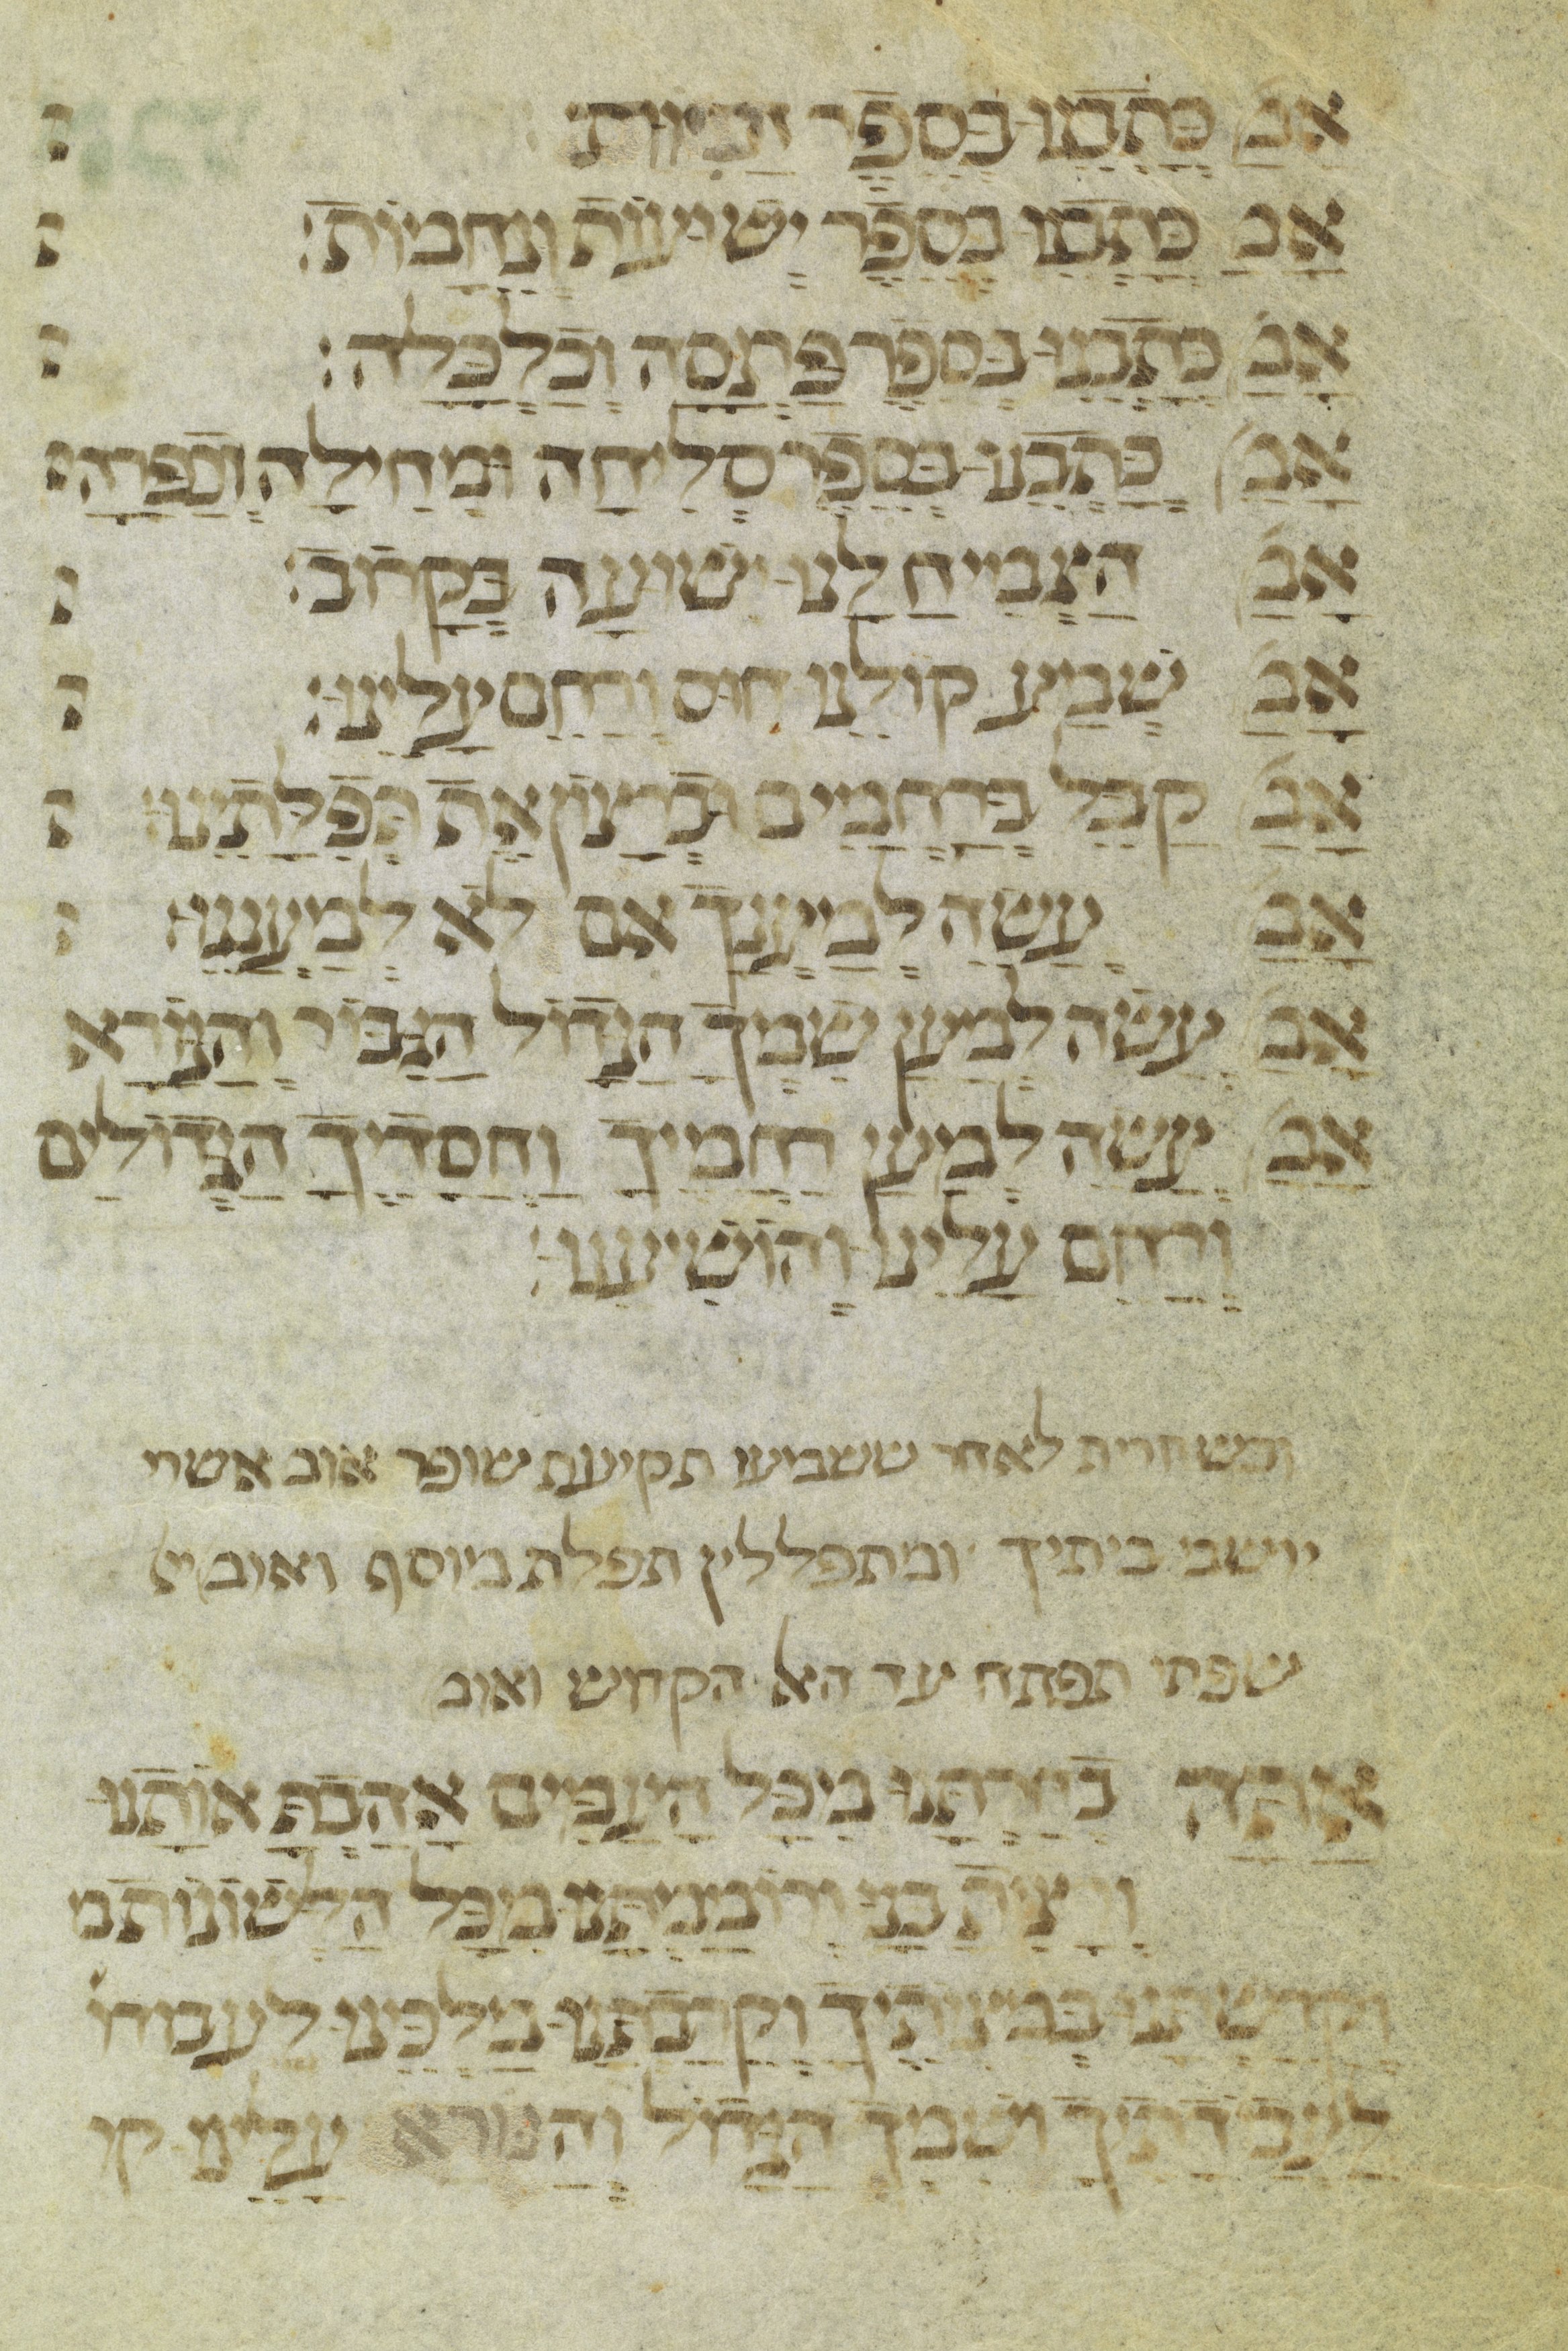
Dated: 1300–1399